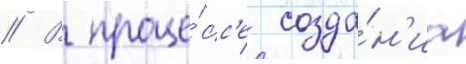
// В проце́сс'е созда́н'иа